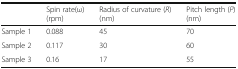
<table><thead><tr><td></td><td><b>Spin rate(ω) (rpm)</b></td><td><b>Radius of curvature (<i>R</i>) (nm)</b></td><td><b>Pitch length (<i>P</i>) (nm)</b></td></tr></thead><tbody><tr><td>Sample 1</td><td>0.088</td><td>45</td><td>70</td></tr><tr><td>Sample 2</td><td>0.117</td><td>30</td><td>60</td></tr><tr><td>Sample 3</td><td>0.16</td><td>17</td><td>55</td></tr></tbody></table>